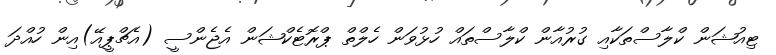
ޓިއުޝަން ކްލާސްތަކާއި ގުރުއާން ކްލާސްތައް ހުޅުވަން ހެލްތް ޕްރޮޓެކްޝަން އެޖެންސީ (އެޗްޕީއޭ)އިން ހުއްދަ